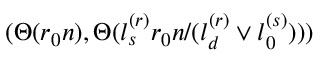
( \Theta ( r _ { 0 } n ) , \Theta ( l _ { s } ^ { ( r ) } r _ { 0 } n / ( l _ { d } ^ { ( r ) } \vee l _ { 0 } ^ { ( s ) } ) ) )